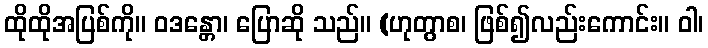
ထိုထိုအပြစ်ကို။ ဝဒန္တော၊ ပြောဆို သည်။ (ဟုတွာစ၊ ဖြစ်၍လည်းကောင်း။ ဝါ၊